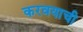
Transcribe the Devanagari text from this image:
करवयाची